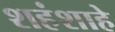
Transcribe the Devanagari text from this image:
शहंशाहे